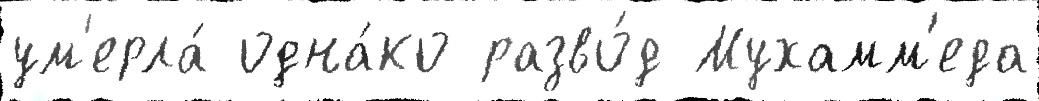
ум'ерла́ одна́ко разво́д Мухамм'еда